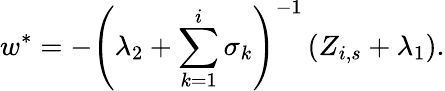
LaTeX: w^{\ast}=-\left(\lambda_{2}+\sum_{k=1}^{i}\sigma_{k}\right)^{-1}\left(Z_{i,s}+\lambda_{1}\right).